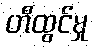
တီထွင်မှု